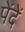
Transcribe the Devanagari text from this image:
पेंदें